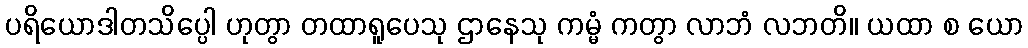
ပရိယောဒါတသိပ္ပေါ ဟုတွာ တထာရူပေသု ဌာနေသု ကမ္မံ ကတွာ လာဘံ လဘတိ။ ယထာ စ ယော